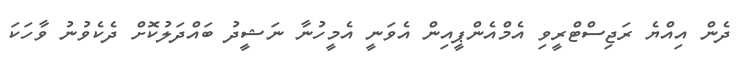
ދެން އިއްޔެ ރަޖިސްޓްރީވި އެމްއެންޕީއިން އެވަނީ އެމީހުނާ ނަޝީދު ބައްދަލުކޮށް ދެކެވުނު ވާހަކަ